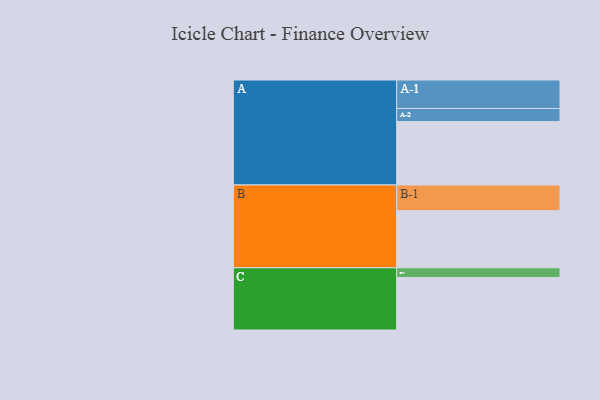
{"axis": {"x": "Segment", "y": "Value"}, "legend": ["", "A", "B", "C"], "data": [{"x": "A", "y": 363, "type": ""}, {"x": "B", "y": 327, "type": ""}, {"x": "C", "y": 301, "type": ""}, {"x": "A-1", "y": 163, "type": "A"}, {"x": "A-2", "y": 75, "type": "A"}, {"x": "B-1", "y": 147, "type": "B"}, {"x": "C-1", "y": 55, "type": "C"}]}